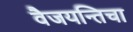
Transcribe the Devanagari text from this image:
वैजयन्तिचा